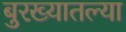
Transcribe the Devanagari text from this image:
बुरख्यातल्या